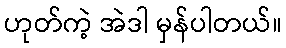
ဟုတ်ကဲ့ အဲဒါ မှန်ပါတယ်။